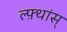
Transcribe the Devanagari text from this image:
ल्फ़्थांस्